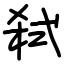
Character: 弑